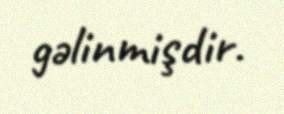
gəlinmişdir.